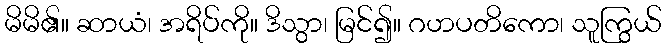
မိမိ၏။ ဆာယံ၊ အရိပ်ကို။ ဒိသွာ၊ မြင်၍။ ဂဟပတိကော၊ သူကြွယ်